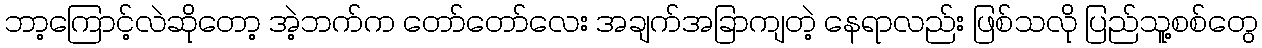
ဘာ့ကြောင့်လဲဆိုတော့ အဲ့ဘက်က တော်တော်လေး အချက်အခြာကျတဲ့ နေရာလည်း ဖြစ်သလို ပြည်သူ့စစ်တွေ